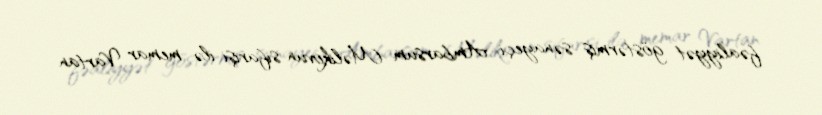
fəaliyyət göstərmiş sənayeçi Ambarsum Məlikovun sifarişi ilə memar Vartan